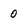
Character: 0